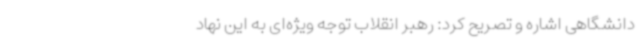
دانشگاهی اشاره و تصریح کرد: رهبر انقلاب توجه ویژه‌ای به این نهاد